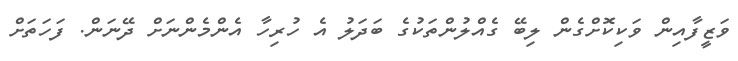
ވަޒީފާއިން ވަކިކޮށްގެން ލިބޭ ގެއްލުންތަކުގެ ބަދަލު އެ ހުރިހާ އެންމެންނަށް ދޭނަން. ފަހަތަށް